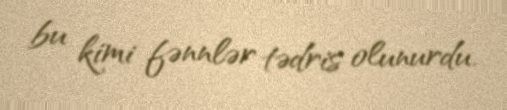
bu kimi fənnlər tədris olunurdu.